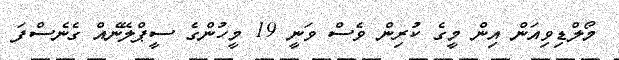
މޯލްޑިވިއަން އިން މީގެ ކުރިން ވެސް ވަނީ 19 މީހުންގެ ސީޕްލޭނެއް ގެނެސްފަ